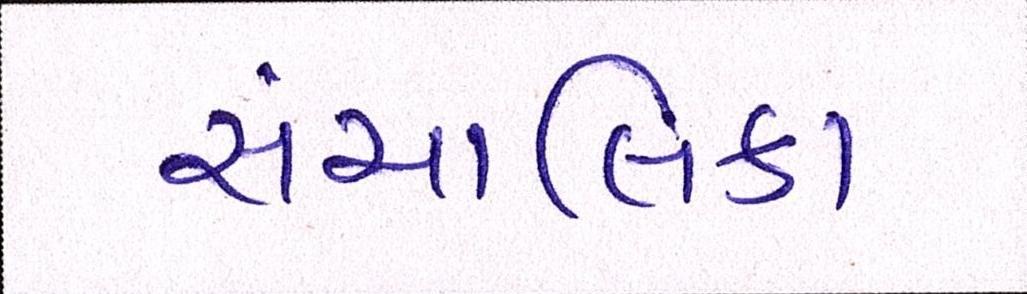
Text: સંચાલિકા